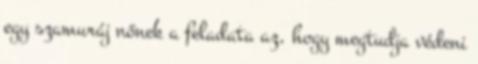
egy szamuráj nőnek a feladata az, hogy megtudja védeni